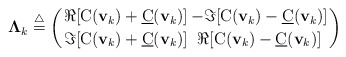
\begin{align*} {\bf \Lambda}_k \stackrel{\bigtriangleup}{=} \left({ \Re [{\text C}({\bf v}_k) + {\underline{\text C}}({\bf v}_k)] \atop \Im[{\text C}({\bf v}_k) + {\underline{\text C}}({\bf v}_k)]} { -\Im[{\text C}({\bf v}_k) - {\underline{\text C}}({\bf v}_k) ] \atop \Re[{\text C}({\bf v}_k) - {\underline{\text C}}({\bf v}_k) ]} \right) \end{align*}